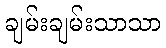
ချမ်းချမ်းသာသာ